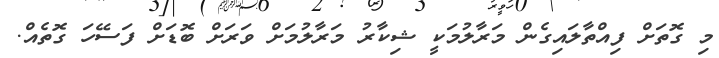
މި ގޮތަށް ފިއްތާލައިގެން މަރާލުމަކީ ޝިކާރު މަރާލުމަށް ވަރަށް ބޮޑަށް ފަސޭހަ ގޮތެއް.